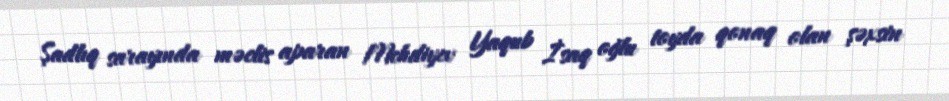
Şadlıq sarayında məclis aparan Mehdiyev Yaqub İsaq oğlu toyda qonaq olan şəxsin